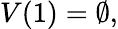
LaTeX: V(1)=\emptyset,